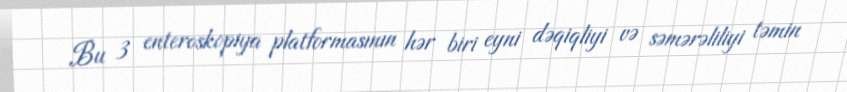
Bu 3 enteroskopiya platformasının hər biri eyni dəqiqliyi və səmərəliliyi təmin